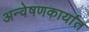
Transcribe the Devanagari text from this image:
अन्वेषणकार्यात